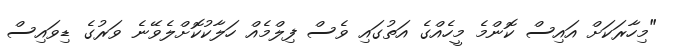
"މިހާރަކަށް އައިސް ކޮންމެ މީހެއްގެ އަތުގައި ވެސް ފިލްމެއް ހަލާކުކޮށްލެވޭނެ ވަރުގެ ޑިވައިސް